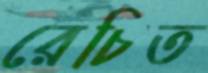
রেচিত